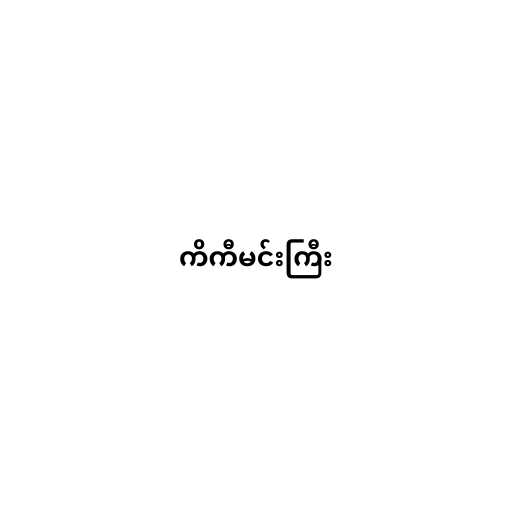
ကိကီမင်းကြီး